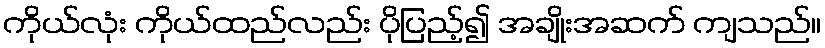
ကိုယ်လုံး ကိုယ်ထည်လည်း ပိုပြည့်၍ အချိုးအဆက် ကျသည်။